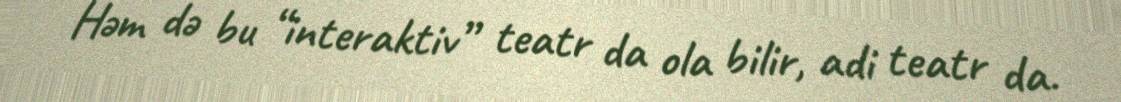
Həm də bu “interaktiv” teatr da ola bilir, adi teatr da.